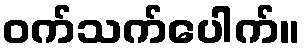
ဝက်သက်ပေါက်။